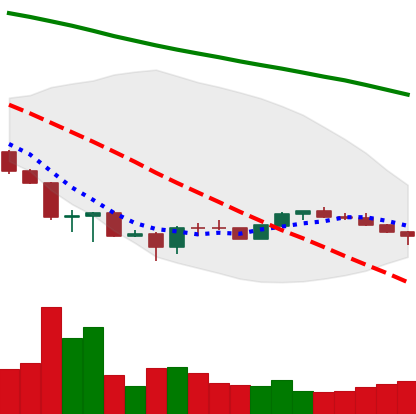
Ticker: ETH-USD
Chart end date: 2022-06-30
Forward return: 6.3%
Label: up_5_7